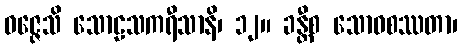
ဝဇ္ဇေသိ သောဠသကရီသာနိ၊ ၁၂။ ခန္တီစ သောဝစဿတာ၊